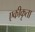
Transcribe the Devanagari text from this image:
एकीकृता